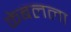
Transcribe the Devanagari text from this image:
केबलला